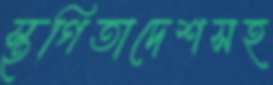
স্থগিতাদেশসহ